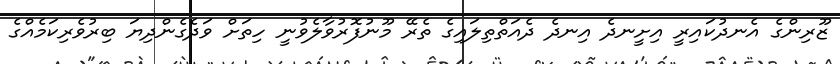
ޒޫރިންގެ އެނދުކައިރީ އިށީނދެ އިނދެ ދެއަތްތިލައިގެ ތެރޭ މޫނުފޮރުވާލެވުނީ ހިތަށް ވަދެގެންދިޔަ ބިރުވެރިކަމެއްގެ